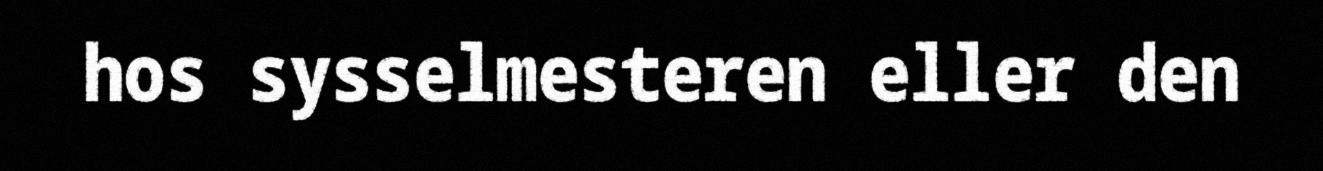
hos sysselmesteren eller den